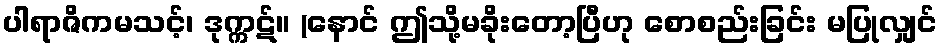
ပါရာဇိကမသင့်၊ ဒုက္ကဋ်။ (နောင် ဤသို့မခိုးတော့ပြီဟု စောစည်းခြင်း မပြုလျှင်